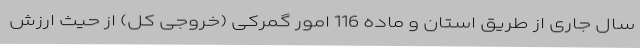
سال جاری از طریق استان و ماده 116 امور گمرکی (خروجی کل) از حیث ارزش